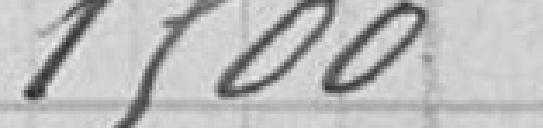
1 500